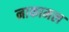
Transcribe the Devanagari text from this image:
नाकामल